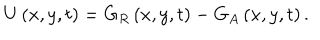
LaTeX: U \left( x , y , t \right) = G _ { R } \left( x , y , t \right) - G _ { A } \left( x , y , t \right) .